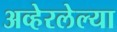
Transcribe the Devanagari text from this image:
अव्हेरलेल्या